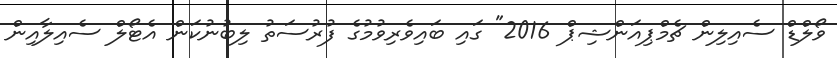
ވޯލްްޑް ސެއިލިން ޗެމްޕިއަންޝިޕް 2016" ގައި ބައިވެރިވުމުގެ ފުރުސަތު ލިބުނުކަން އެޓޯލް ސެއިލާއިން